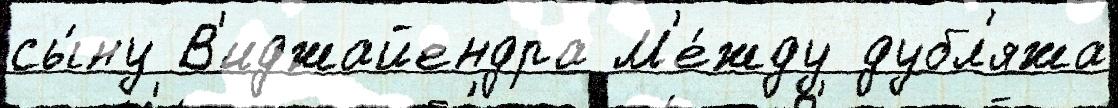
сы́ну В'иджайендра М'е́жду дубл'яжа